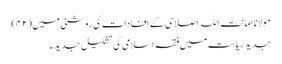
مولانا امانت اللہ اصلاحی کے افادات کی روشنی میں (۴۲)
جدید ریاست میں فقہ اسلامی کی تشکیل جدید ۔